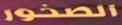
الصخور